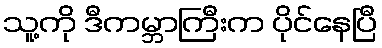
သူ့ကို ဒီကမ္ဘာကြီးက ပိုင်နေပြီ